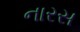
નારસ